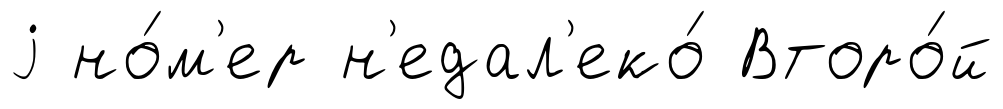
j но́м'ер н'едал'еко́ Второ́й